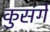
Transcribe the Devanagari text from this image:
कुसंगें